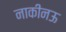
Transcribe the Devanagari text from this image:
नाकीनऊ